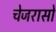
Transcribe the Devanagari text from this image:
चेजरासो